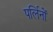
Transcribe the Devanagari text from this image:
पर्लिनों